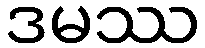
ဒမဿ